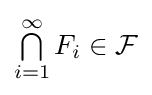
\textstyle \bigcap \limits _{i=1}^{\infty }F_{i}\in {\mathcal {F}}